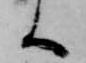
へ